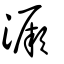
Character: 㵐